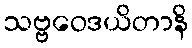
သဗ္ဗဝေဒယိတာနိ